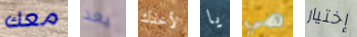
معك بعد لأخذك يا هي إختيار